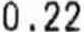
0.22